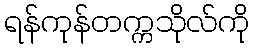
ရန်ကုန်တက္ကသိုလ်ကို